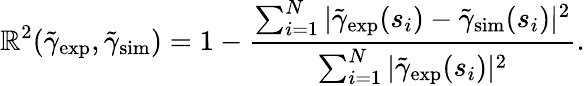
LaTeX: \mathbb{R}^{2}(\tilde{{\gamma}}_{\mathrm{{exp}}},\tilde{{\gamma}}_{\mathrm{{sim}}})=1-\frac{{\sum_{i=1}^{N}|\tilde{{\gamma}}_{\mathrm{{exp}}}(s_{i})-\tilde{{\gamma}}_{\mathrm{{sim}}}(s_{i})|^{2}}}{{\sum_{i=1}^{N}|\tilde{{\gamma}}_{\mathrm{{exp}}}(s_{i})|^{2}}}.